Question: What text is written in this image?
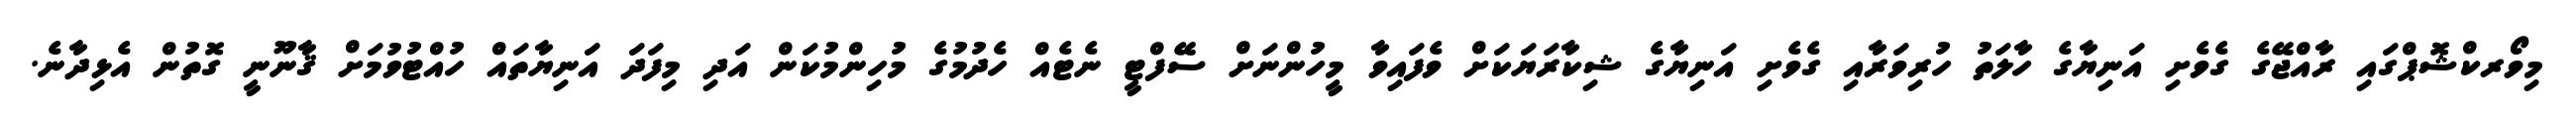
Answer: މިވޯރކްޝޮޕްގައި ރާއްޖޭގެ ގެވެށި އަނިޔާގެ ހާލަތު ހުރިވަރާއި ގެވެށި އަނިޔާގެ ޝިކާރަޔަކަށް ވެފައިވާ މީހުންނަށް ސޭފްޓީ ނެޓެއް ހެދުމުގެ މުހިންމުކަން އަދި މިފަދަ އަނިޔާތައް ހުއްޓުވުމަށް ޤާނޫނީ ގޮތުން އެޅިދާނެ.